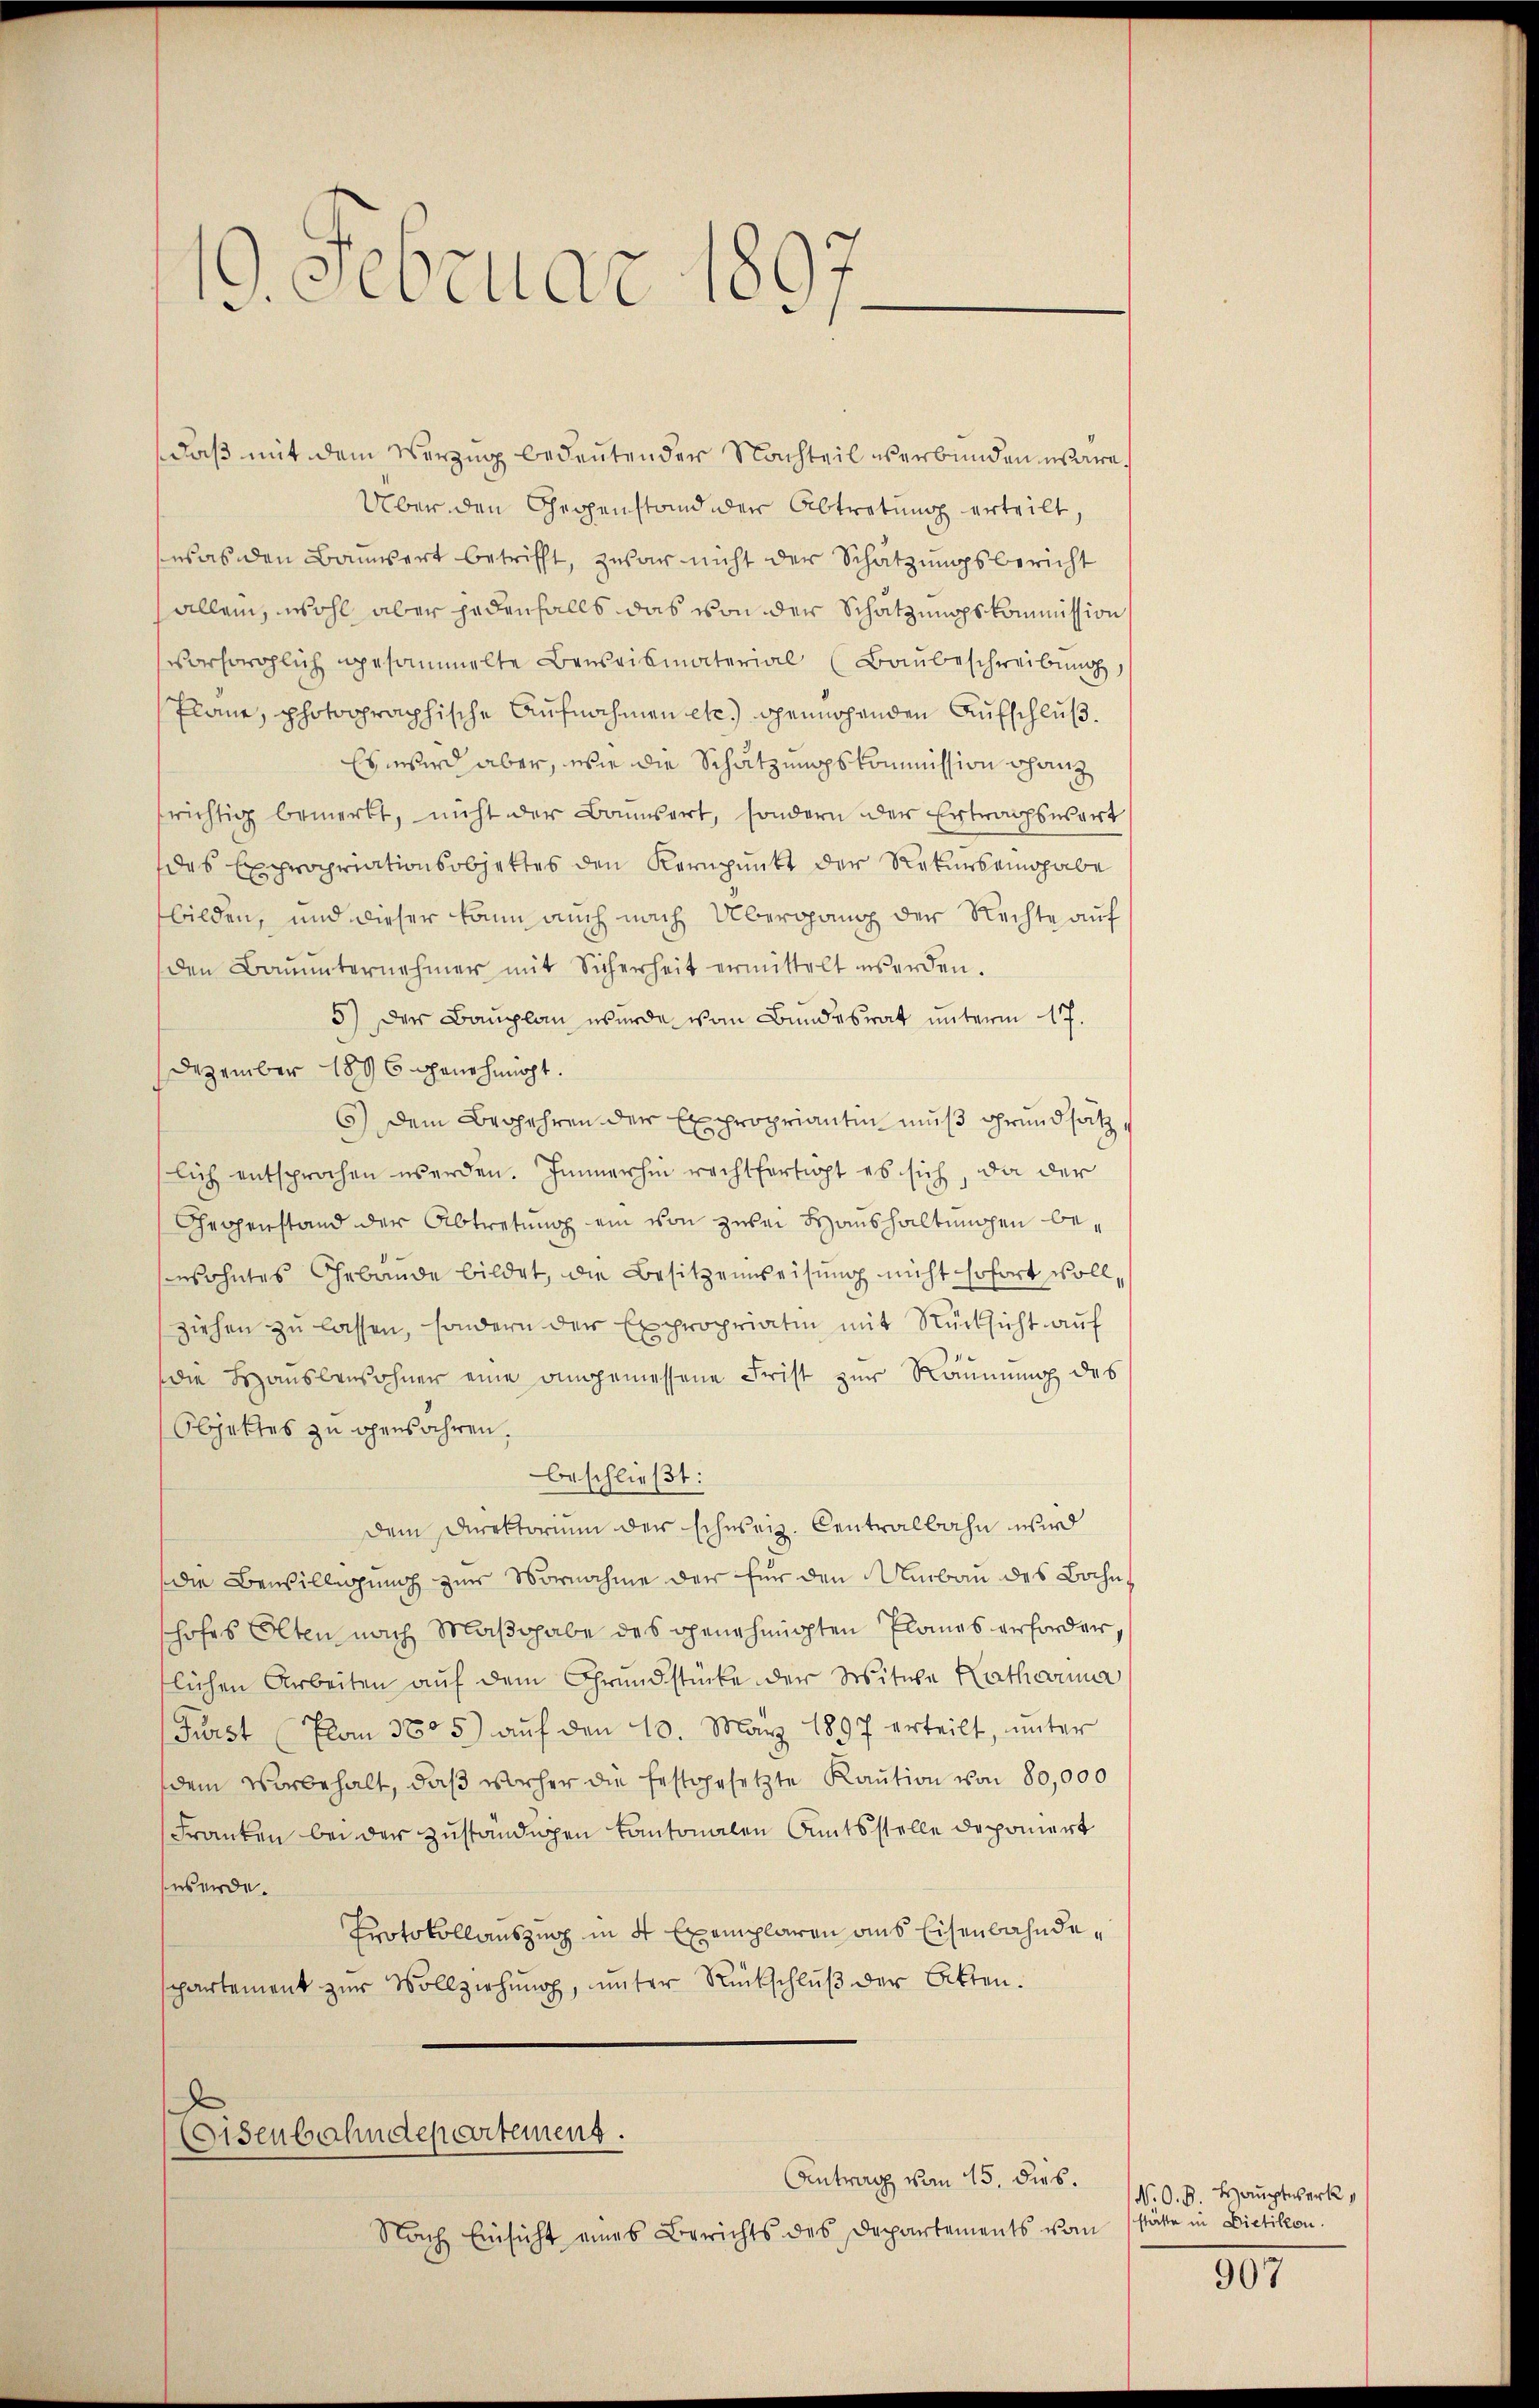
19. Februar 1897.

daß mit dem Verzug bedeutender Nachteil verbunden wäre
Über den Gegenstand der Abtretung erteilt,
was den Bauert betrifft, zwar nicht der Schätzungsbericht
allein, wohl aber jedenfalls das von der Schatzmuppskommission
vorsorglich gesammelte Beweismaterial (Baŭbeschreibŭng
Plane, photographische Aufnahmen etc.) genügenden Aufschluß.
Es wird aber, wie die Schätzungskommission chanz
frichtig bemerkt, nicht der Baumsart, sondern der Ertwachsesart
das Expropriationsobjettes den Kornpunkt der Rekursengabe
bilden, und dieser kann auch nach Übergang der Rechte auf
den Baŭŭnternehmer mit Sicherheit ermittelt werden.
5) Der Bauplan wurde von Bundesrat unterm 17.
Dezember 1896 genehmigt.
6) Dem Begehren der Expropriantin muß Grundsatz,
lich entsprochen werden. Immerhin rechtfertigt es sich, da der
Geopenstand der Abtretung ein von zwei Haushaltungen bewohntes Gebäude bildet, die Besitzenweisung nicht sofort vollziehen zu lassen, sondern der Expropriatin mit Rücksicht auf
die Hausbewohner eine angemessene Frist zur Räumung des
Objektes zu gensahren.
beschließt:
Dem Direktorium der schweiz. Centralbahn wird
die Bewilligung zur Vornahme der für den Umbau des Bahnshofes Olten nach Maßhabe des genehmigten Planes erforder,
tlichen Arbeiten auf dem Grundstücke der Witwe Katharina
(Fürst (Plan 3805) aŭf den 10. März 1897 erteilt, unter
dem vorbehalt, daß vorher die festgesetzte Kaution von 80,000
Franken bei der zuständigen kantonalen Amtsstelle deponiert
swürde.
Protokollauszug in 4 Exemplaren aus Eisenbahndespartement zur Vollziehung, unter Rückschluß der Akten.
Eisenbahndepartement.
Antrag vom 15. dies.
Nach Einsicht eines Berichts des Departements vom stätte in Dietikon.

N. O. B. Hauptwerk

907